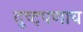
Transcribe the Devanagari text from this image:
दुष्ट्पणाच